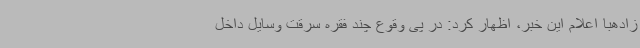
‌زادهبا اعلام این خبر، اظهار کرد: در پی وقوع چند فقره سرقت وسایل داخل